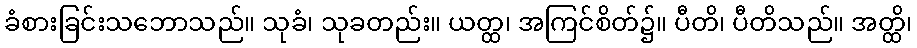
ခံစားခြင်းသဘောသည်။ သုခံ၊ သုခတည်း။ ယတ္ထ၊ အကြင်စိတ်၌။ ပီတိ၊ ပီတိသည်။ အတ္ထိ၊